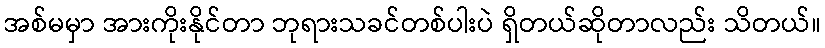
အစ်မမှာ အားကိုးနိုင်တာ ဘုရားသခင်တစ်ပါးပဲ ရှိတယ်ဆိုတာလည်း သိတယ်။